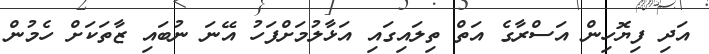
އަދި ފިޔޮހިން އަސްރާގެ އަތް ތިލައިގައި އަޅާލުމަށްފަހު އޭނަ ނުބައި ޒާތަކަށް ހެމުން